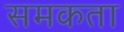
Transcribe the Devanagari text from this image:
समकता